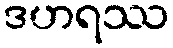
ဒဟရဿ